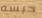
حبسه